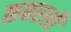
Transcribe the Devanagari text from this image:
कबरली